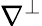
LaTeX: \nabla^{\perp}